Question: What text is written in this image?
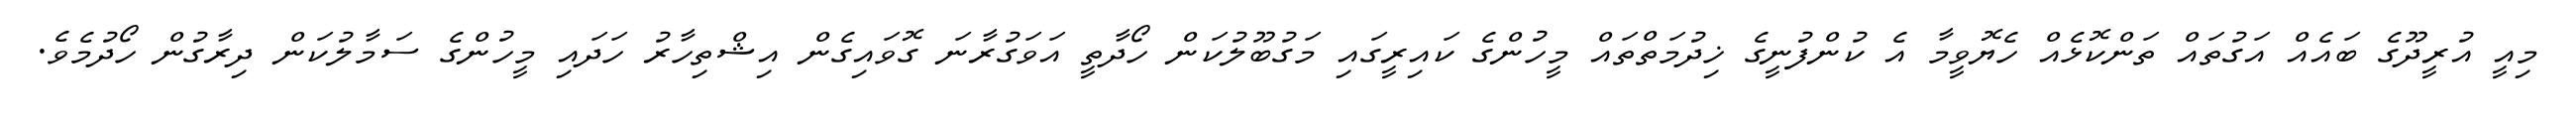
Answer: މިއީ އުރީދޫގެ ބައެއް އަގުތައް ތަންކޮޅެއް ހެޔޮވީމާ އެ ކުންފުނީގެ ޚިދުމަތްތައް މީހުންގެ ކައިރީގައި މަގުބޫލުކަން ހޯދާތީ އަވަގުރާނަ ގޮވައިގެން އިޝްތިހާރު ހަދައި މީހުންގެ ސަމާލުކަން ދިރާގުން ހޯދުމެވެ.